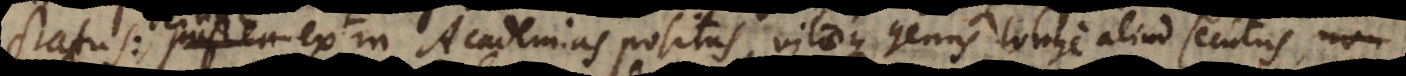
atus: postea extra Academias positus, vitaeque genus longe aliud secutus, non